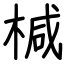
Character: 椷